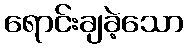
ရောင်းချခဲ့သော